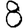
Digit: 8